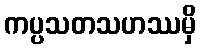
ကပ္ပသတသဟဿမှိ